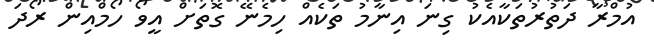
އުމްރާ ދަތުރުތަކާއެކު ގިނަ އިނާމު ތަކެއް ހިމެނޭ ގޮތަށް އީވޯ ހޯމްއިން ރޯދަ